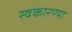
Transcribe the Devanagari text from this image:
स्वकारण्या